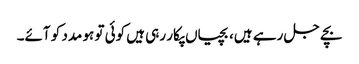
بچے جل رہے ہیں، بچیاں پکار رہی ہیں کوئی تو ہو مدد کو آئے۔